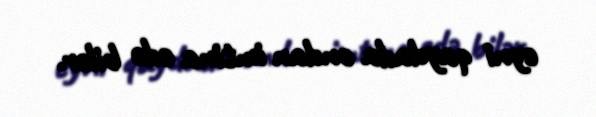
eyni qaydada ondan imtina edə bilər.